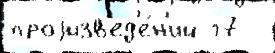
проjизв'ед'е́н'ий г7